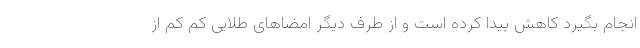
انجام بگیرد کاهش پیدا کرده است و از طرف دیگر امضاهای طلایی کم کم از